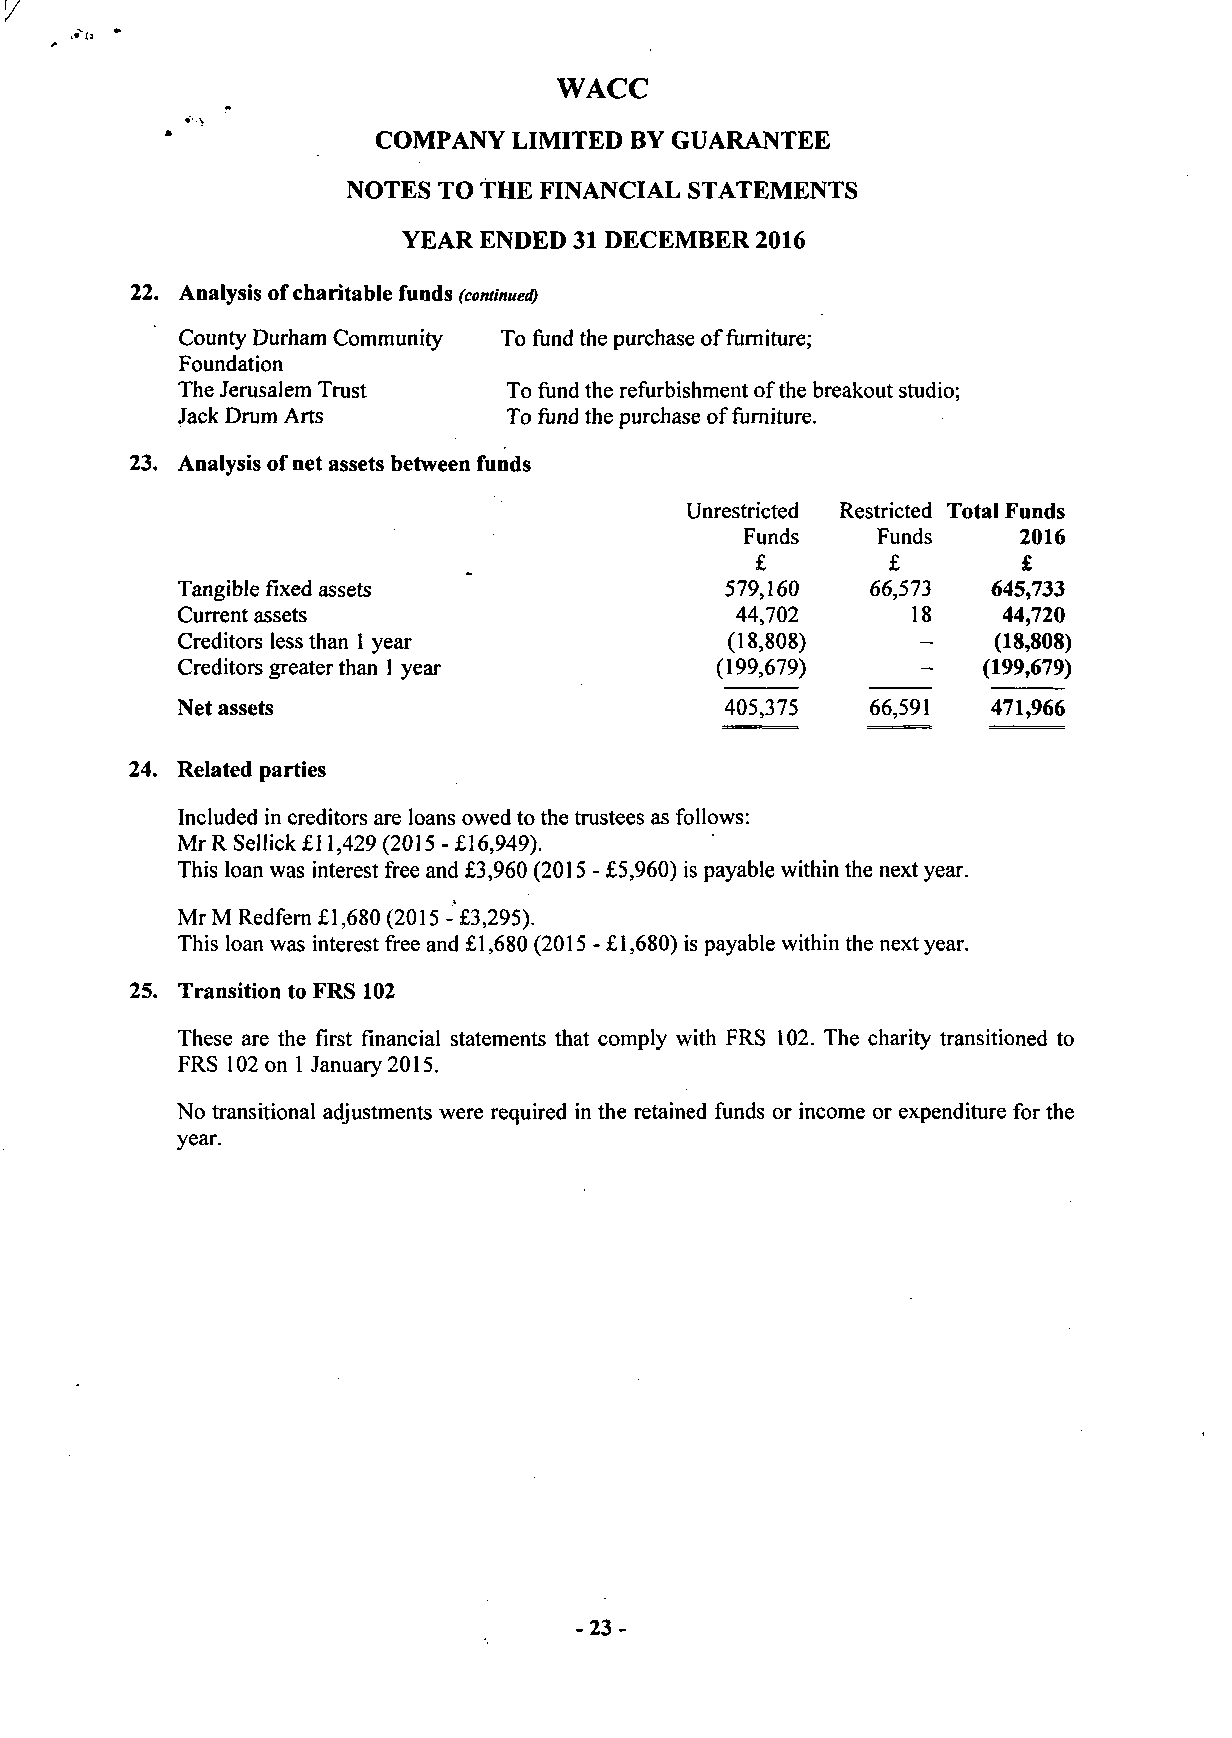
/
 WACC
 COMPANY  LIMITED BY GUARANTEE
 NOTES TO THE FINANCIAL STATEMENTS
 YEAR ENDED 31 DECEMBER 2016
 22. Analysis of charitable funds (continued)
 County Durham Community To fund the purchase of furniture;
 Foundation
 The Jerusalem Trust   To fund the refurbishment of the breakout studio;
 Jack Drum Arts        To fund the purchase of furniture.
 23. Analysis of net assets between funds
 Unrestricted Restricted Total Funds
 Funds    Funds    2016
 £        £        £
 Tangible fixed assets               579,160   66,573  645,733
 Current assets                       44,702     18    44,720
 Creditors less than 1 year          (18,808)     -    (18,808)
 Creditors greater than 1 year      (199,679)     -   (199,679)
 Net assets                          405,375   66,591  471,966
 24. Related parties
 Included in creditors are loans owed to the trustees as follows:
 Mr R Sel lick £11,429 (2015 - £16,949).
 This loan was interest free and £3,960 (2015 - £5,960) is payable within the next year.
 MrM Redfern £1,680 (2015 - £3,295).
 This loan was interest free and £1,680 (2015 - £1,680) is payable within the next year.
 25. Transition to FRS 102
 These are the first financial statements that comply with FRS 102. The charity transitioned to
 FRS 102 on 1 January 2015.
 No transitional adjustments were required in the retained funds or income or expenditure for the
 year.
 -23-